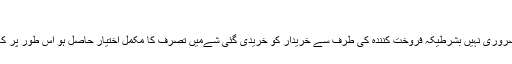
[18]
بعض اہلِ علم کے نزدیک مکمل قبضہ کے لئے خریدی گئی شےکا کسی دوسری جگہ منتقل کرنا ضروری نہیں بشرطیکہ فروخت کنندہ کی طرف سے خریدار کو خریدی گئی شےمیں تصرّف کا مکمل اختیار حاصل ہو اس طور پر کہ: خریدی گئی چیزکانفع بھی ا ور نقصان کی ذمہ داری بھی دونوں خریدار کی طرف منتقل ہوجائیں۔